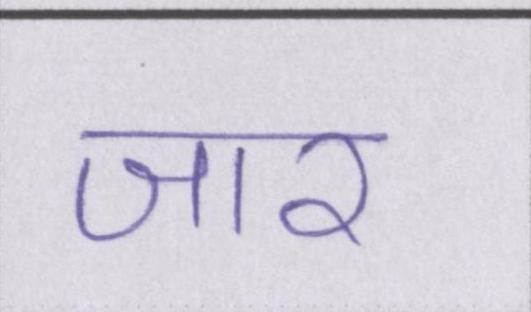
जार